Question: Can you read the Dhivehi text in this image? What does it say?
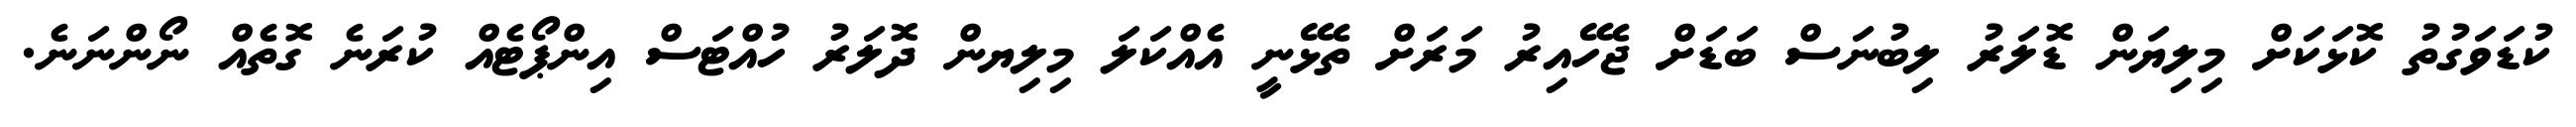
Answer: ކުޑަވަގުތު ކޮޅަކަށް މިލިޔަން ޑޮލަރު ލިބުނަސް ބަޑަށް ޖެހޭއިރު މަރަށް ތެޅޭނީ އެއްކަލަ މިލިޔން ދޮލަރު ހުއްޓަސް އިންޕޯޓެއް ކުރަނެ ގޮތެއް ނޯންނަނެ.